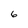
Character: 6